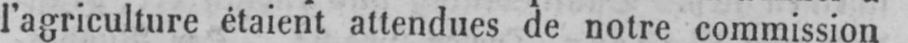
l’agriculture étaient attendues de notre commission